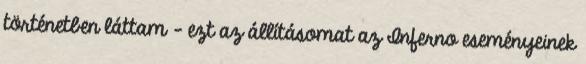
történetben láttam - ezt az állításomat az Inferno eseményeinek